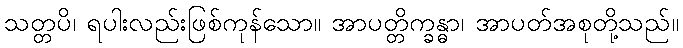
သတ္တပိ၊ ရပါးလည်းဖြစ်ကုန်သော။ အာပတ္တိက္ခန္ဓာ၊ အာပတ်အစုတို့သည်။